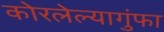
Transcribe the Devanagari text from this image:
कोरलेल्यागुंफा